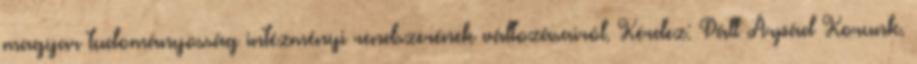
magyar tudományosság intézményi rendszerének változásairól. Kérdez: Páll Árpád Korunk.